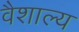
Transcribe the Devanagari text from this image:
वैशाल्य